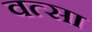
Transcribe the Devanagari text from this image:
वत्सा